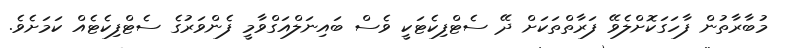
މުބާރާތުން ފާހަަގަކޮށްލެވޭ ފަރާތްތަކަށް ދޭ ސެޓްފިކެޓަކީ ވެސް ބައިނަލްއަގްވާމީ ފެންވަރުގެ ސެޓްފިކެޓެއް ކަމަށެވެ.